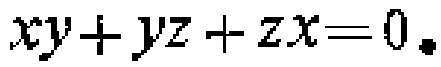
\(xy + yz + zx = 0\)